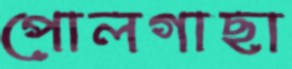
পোলগাছা